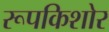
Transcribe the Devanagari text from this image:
रूपकिशोर